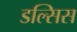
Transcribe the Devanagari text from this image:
डल्सिस